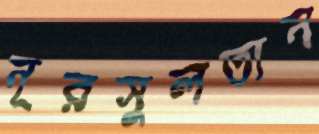
নূরসুলতান